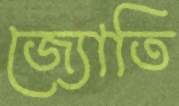
জ্যোতি